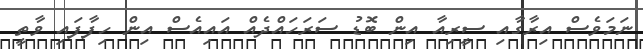
ނަމަވެސް އިރާގާއި ސީރިއާ އިން ބޮޑު ސަރަހައްދެއް އަައިއެސް އިން ހިފާފައި ވާތީ